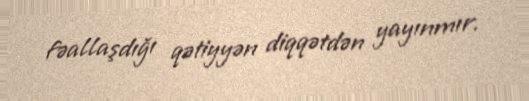
fəallaşdığı qətiyyən diqqətdən yayınmır.